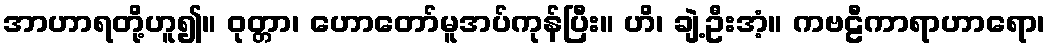
အာဟာရတို့ဟူ၍။ ဝုတ္တာ၊ ဟောတော်မူအပ်ကုန်ပြီး။ ဟိ၊ ချဲ့ဦးအံ့။ ကဗဠီကာရာဟာရော၊